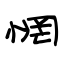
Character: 惘